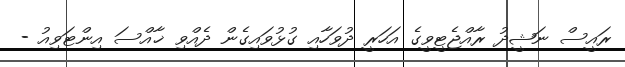
ރައީސް ނަޝީދު ރާއްޖެޓީވީގެ އަހަރީ ދުވަހާއި ގުޅުވައިގެން ދެއްވި ޚާއްސަ އިންޓަވިއު -